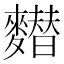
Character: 𪍲